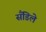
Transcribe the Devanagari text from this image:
सँडिले